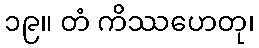
၁၉။ တံ ကိဿဟေတု၊